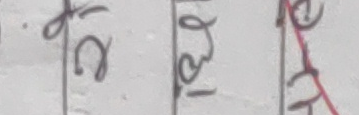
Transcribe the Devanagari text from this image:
२१
१३
२९